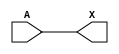
module sky130_fd_sc_ms__dlygate4sd1_5 (
    X,
    A
);
    output X;
    input  A;
    wire buf0_out_X;
    buf buf0 (buf0_out_X, A              );
    buf buf1 (X         , buf0_out_X     );
endmodule